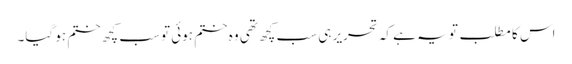
اس کا مطلب تو یہ ہے کہ تحریر ہی سب کچھ تھی وہ ختم ہوئی تو سب کچھ ختم ہو گیا۔